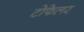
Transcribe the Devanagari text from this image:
टोफेलर